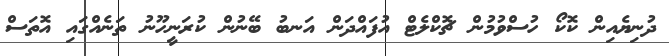
ދުނިޔެއިން ކޮކޯ ހުސްވުމުން ޗޮކްލެޓް އުފައްދަން އަނބު ބޭނުން ކުރަނީހޫނު ތަނެއްގައި އޮތަސް